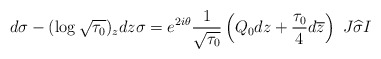
\begin{align*}d\sigma-(\log\sqrt{\tau_0})_zdz\sigma=e^{2i\theta}\frac{1}{\sqrt{\tau_0}}\left(Q_0dz+\frac{\tau_0}{4}d\overline{z}\right)\ J\widehat{\sigma}I\end{align*}